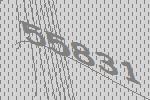
55831